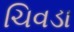
ચિવડા